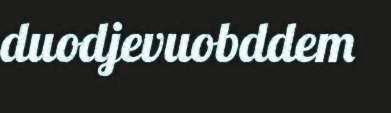
duodjevuobddem